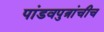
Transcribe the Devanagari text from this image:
पांडवपुत्रांचीच